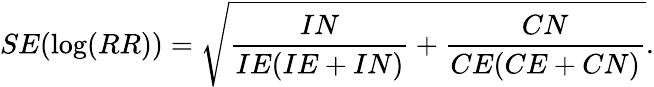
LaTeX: SE(\log(RR))={\sqrt{{\frac{IN}{IE(IE+IN)}}+{\frac{CN}{CE(CE+CN)}}}}.